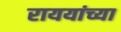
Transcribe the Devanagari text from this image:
राययांच्या